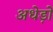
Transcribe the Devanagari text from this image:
अधेड़ों